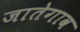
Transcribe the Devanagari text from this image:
जातेगाव